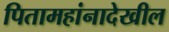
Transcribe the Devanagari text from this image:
पितामहांनादेखील